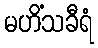
မဟိံသခီရံ